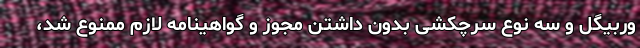
وربیگل و سه نوع سرچکشی بدون داشتن مجوز و گواهینامه لازم ممنوع شد،